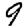
Digit: 9